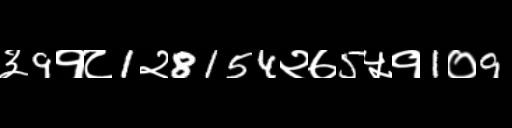
Text: ३9१८1२8154२७5५१1०9